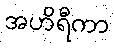
အဟိရီကာ